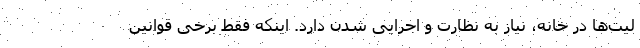
لیت‌ها در خانه، نیاز به نظارت و اجرایی شدن دارد. اینکه فقط برخی قوانین